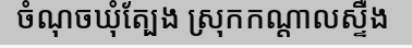
ចំណុចឃុំត្បែង ស្រុកកណ្តាលស្ទឺង